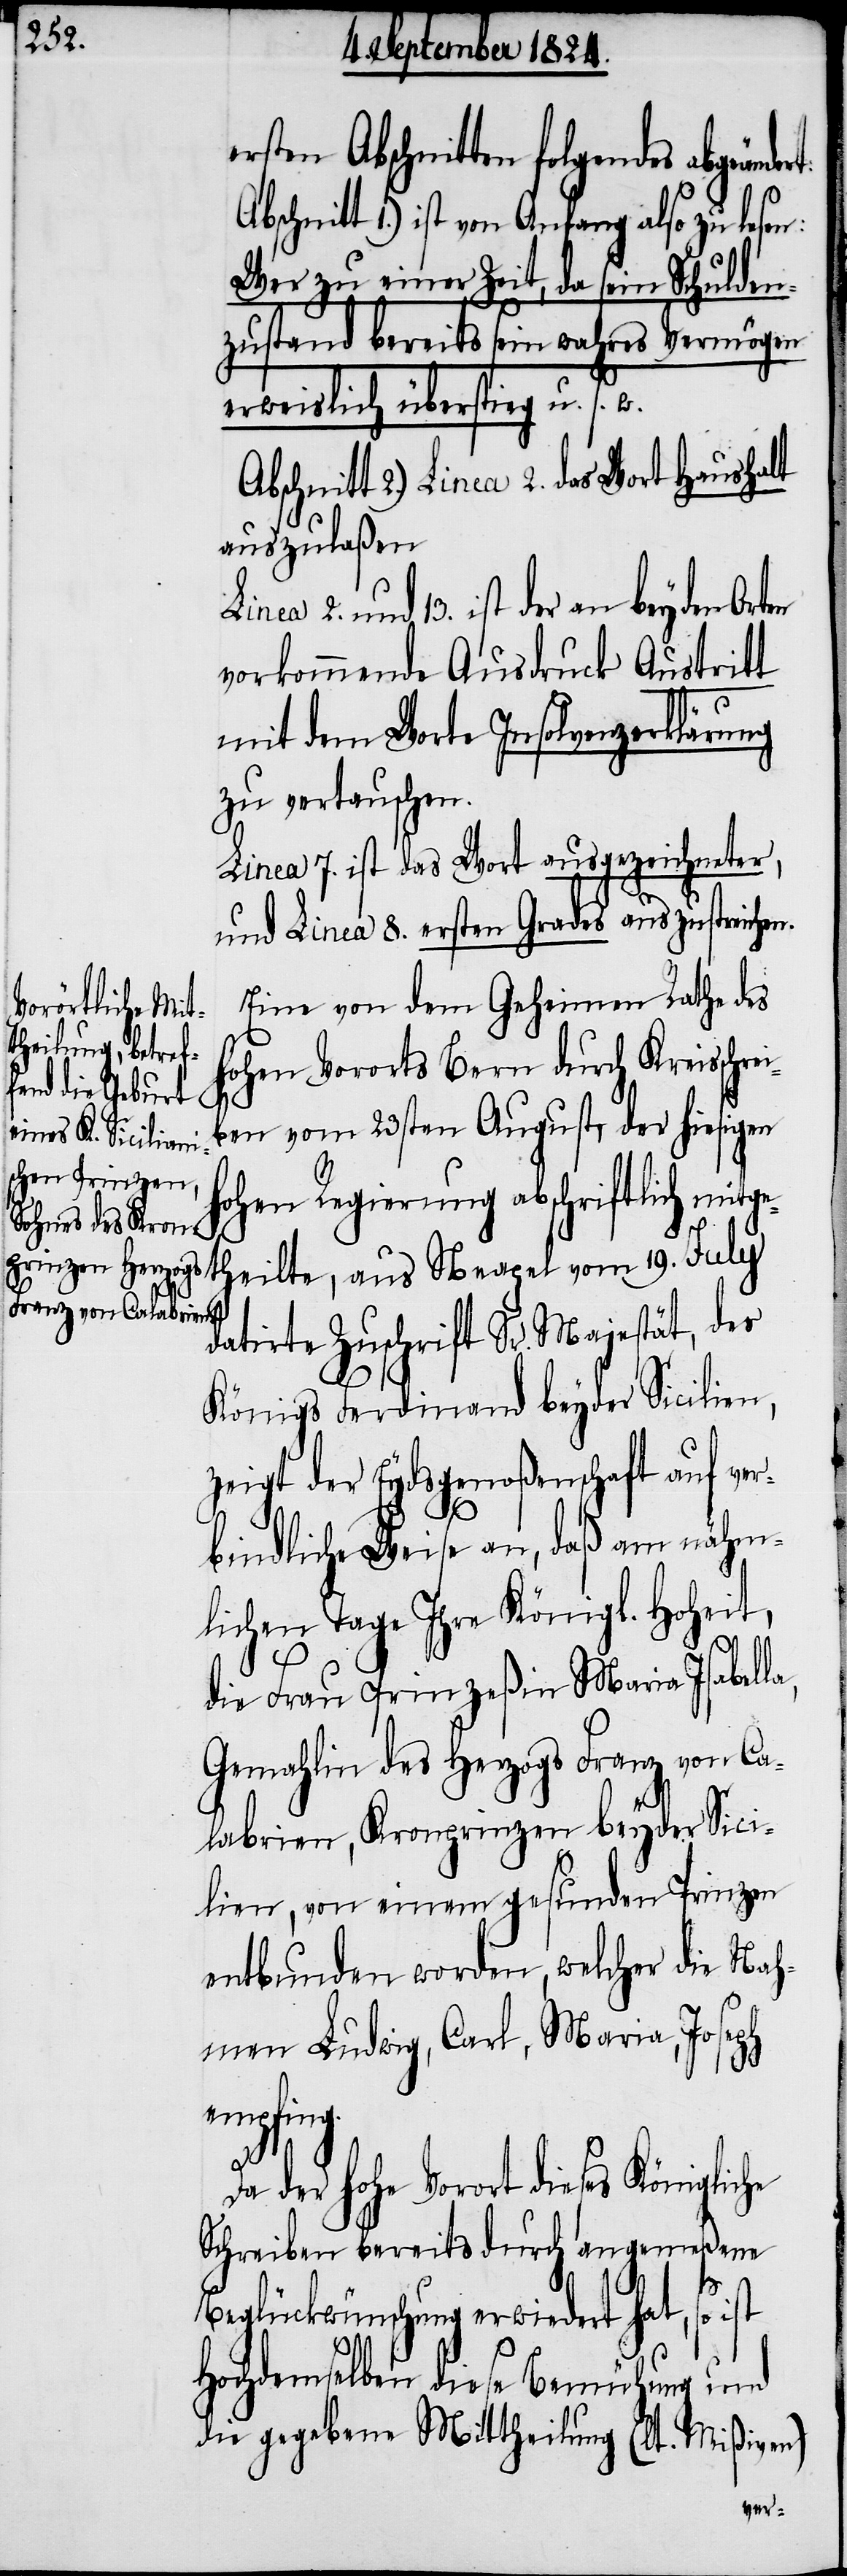
sten Abschnitten folgendes abgeänd¬
chnitt 1.) ist von Anfang also zu
Wer zu einer Zeit, da sein Schulden¬
zustand bereits sein wahres Vermögen
nachweislich überstieg u. s. w.
Abschnitt 2.) Linea 2. das Wort Haushalt
auszulaßen.
und 13. ist der an beyden Orten
vorkommende Ausdruck Austritt
mit dem Worte Insolvenzerklärung
zu vertauschen.
Linea 7. ist das Wort ausgezeichneter,
und Linea 8. ersten Grades auszustreichen.
Eine von dem Geheimen Rathe des
Hohen Vororts Bern durch Kreisschre¬
iben vom 23sten August, der hiesigen
hohen Regierung abschriftlich mitge¬
theilte, aus Neapel vom 19. July
datirte Zuschrift Sr. Majestät, des
Königs Ferdinand beyder Sicilien,
zeigt der Eydsgenoßenschaft auf ver¬
bindliche Weise an, daß am nähm¬
lichen Tage Ihre Königl. Hoheit,
die Frau Prinzeßin Maria Isabell¬
Gemahlin des Herzogs Franz von Ca¬
labrien, Kronprinzen beyder Sici¬
lien, von einem gesunden Prinzen
entbunden worden, welcher die Nah¬
men Ludwig, Carl, Maria, Joseph
empfing.
a,
Da der hohe Vorort dieses Königliche
Schreiben bereits durch angemeßene
Beglückwünschung erwiedert hat, so
Hochdemselben diese Bemühung und
die gegebene Mittheilung (lt. Mißiven)
er¬